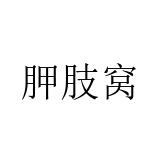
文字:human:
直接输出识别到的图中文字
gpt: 胛肢窝